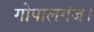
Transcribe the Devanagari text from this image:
गोपालगंज।